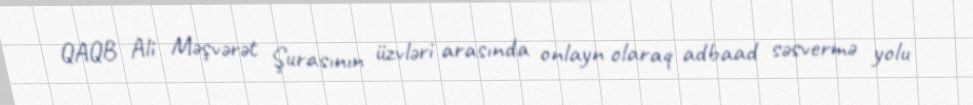
QAQB Ali Məşvərət Şurasının üzvləri arasında onlayn olaraq adbaad səsvermə yolu